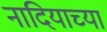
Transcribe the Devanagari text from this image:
नादियाच्या